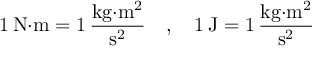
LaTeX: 1 \, { \mathrm { N } } { \cdot } \mathrm { m } = 1 \, { \frac { { \mathrm { k g } } { \cdot } { \mathrm { m } } ^ { 2 } } { { \mathrm { s } } ^ { 2 } } } \quad , \quad 1 \, \mathrm { J } = 1 \, { \frac { \mathrm { k g } { \cdot } \mathrm { m } ^ { 2 } } { \mathrm { s } ^ { 2 } } }